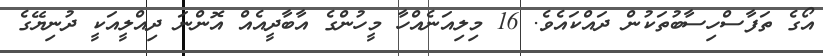
އޯގެ ތަފާސްހިސާބުތަކުން ދައްކައެވެ. 16 މިލިއަނެއްހާ މީހުންގެ އާބާދީއެއް އޮންނަ ދިއްލީއަކީ ދުނިޔޭގެ